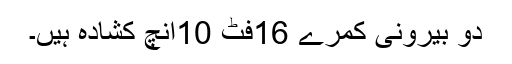
دو بیرونی کمرے 16فٹ 10انچ کشادہ ہیں۔